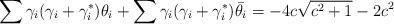
LaTeX: \begin{align*}\sum{\gamma_i(\gamma_i + \gamma_i^*)\theta_i} + \sum{\gamma_i(\gamma_i + \gamma_i^*)\bar{\theta_i}} = -4c\sqrt{c^2 + 1} -2c^2 \end{align*}